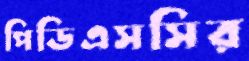
পিডিএসসির